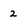
Character: 2